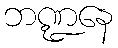
ဘဏ္ဍနေ